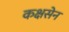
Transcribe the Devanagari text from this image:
कक्षसेन